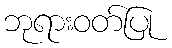
ဘုရားဝတ်ပြု